Document type: Sale
Year: 1235
Scribe: Pere de Bages
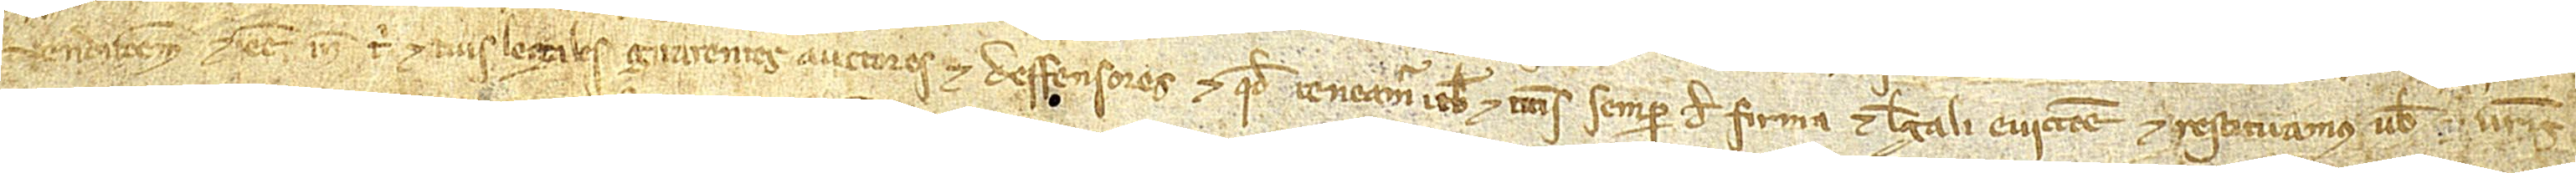
vendicionem et esse inde tibi et tuis legales guarentes, auctores et deffensores, et quod teneamur vobis et vestris semper de firma et legali eviccione, et restituamus vobis et vestris